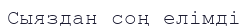
Сыяздан соң елімді